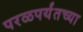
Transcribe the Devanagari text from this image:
परळपर्यंतच्या